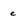
Character: c